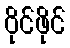
ဝိုင်ဖိုင်